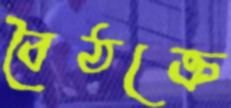
বৈঠক্রে